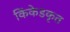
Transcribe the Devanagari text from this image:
किंकेडकृत